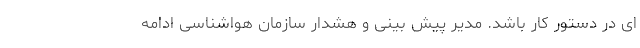
ای در دستور کار باشد. مدیر پیش بینی و هشدار سازمان هواشناسی ادامه